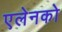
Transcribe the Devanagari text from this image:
एलेनको